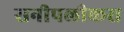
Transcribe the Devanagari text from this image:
सनीपलीकस